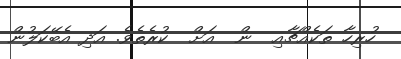
ހުރިހާ ތަކެއްޗާއި  ން  އަށް  ކުރެތެވެ. އަދި އެބޭކަލުން